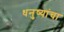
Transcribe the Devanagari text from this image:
धनुष्यांचा